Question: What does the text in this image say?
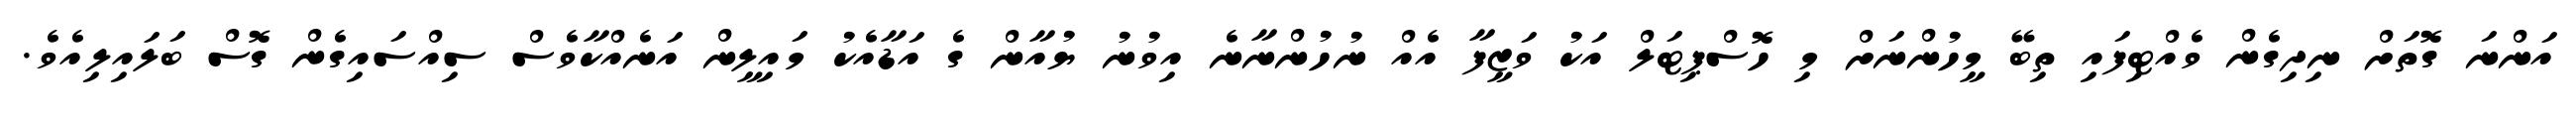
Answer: އަންނަ ގޮތަށް ނިދިގެން ވެއްޓިފައި ތިބޭ މީހުންނަށް މި ހޮސްޕިޓަލް އަކު ވަޒީފާ އެއް ނުހުންނާނެ އިވުނު ޔުއާން ގެ އަޑާއެކު މައިލީން އަނެއްކާވެސް ސިއްސައިގެން ގޮސް ބަލައިލިއެވެ.